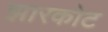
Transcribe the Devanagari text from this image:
झारकोट